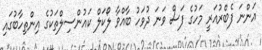
އަންނަ ފެބްރުއަރީ މަހުގެ ފަސް ވަނަ ދުވަހު ބާއްވާ ލޯކަލް ކައުންސިލްތަކުގެ އިންތިހާބުގައި